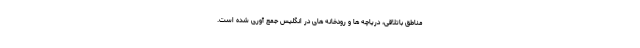
مناطق باتلاقی، دریاچه ها و رودخانه های در انگلیس جمع آوری شده است.